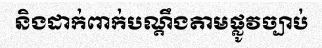
និងដាក់ពាក់បណ្តឹងតាមផ្លូវច្បាប់